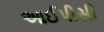
આઈપીસી